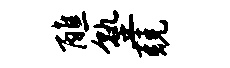
醮塾兢